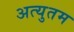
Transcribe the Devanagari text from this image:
अत्युतम